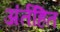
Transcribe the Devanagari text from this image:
अंर्तहित